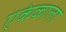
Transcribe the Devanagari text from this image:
एकेकाला